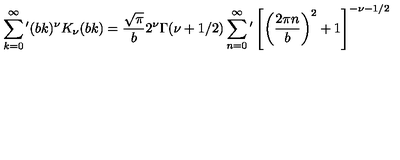
\sum _ { k = 0 } ^ { \infty } { ' } ( b k ) ^ { \nu } K _ { \nu } ( b k ) = \frac { \sqrt { \pi } } { b } 2 ^ { \nu } \Gamma ( \nu + 1 / 2 ) \sum _ { n = 0 } ^ { \infty } { ' } \left[ \left( \frac { 2 \pi n } { b } \right) ^ { 2 } + 1 \right] ^ { - \nu - 1 / 2 }